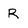
Character: R